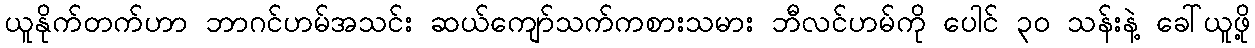
ယူနိုက်တက်ဟာ ဘာဂင်ဟမ်အသင်း ဆယ်ကျော်သက်ကစားသမား ဘီလင်ဟမ်ကို ပေါင် ၃၀ သန်းနဲ့ ခေါ်ယူဖို့